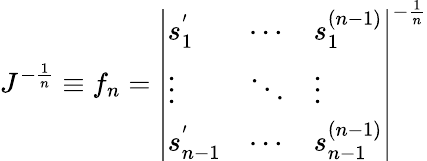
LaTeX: J^{-{\frac{1}{n}}}\equiv f_{n}=\left|\begin{array}{lll}{{s_{1}^{'}}}&{{\cdots}}&{{s_{1}^{(n-1)}}}\\ {{\vdots}}&{{\ddots}}&{{\vdots}}\\ {{s_{n-1}^{'}}}&{{\cdots}}&{{s_{n-1}^{(n-1)}}}\end{array}\right|^{-{\frac{1}{n}}}